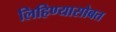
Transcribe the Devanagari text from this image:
लिहिण्यासोबत